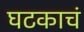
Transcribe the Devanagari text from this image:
घटकाचं